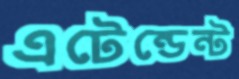
এটেন্ডেন্ট